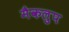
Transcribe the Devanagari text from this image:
मैकलुप